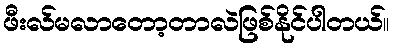
ဖီးလ်မလာတော့တာလဲဖြစ်နိုင်ပါတယ်။